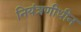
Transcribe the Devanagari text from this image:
नियंत्रणीधीन